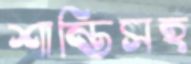
শান্তিসহ